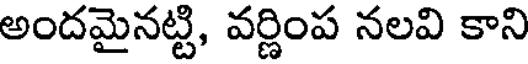
అందమైనట్టి, వర్ణింప నలవి కాని